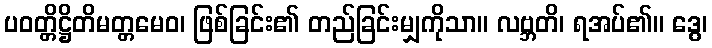
ပဝတ္တိဋ္ဌိတိမတ္တမေဝ၊ ဖြစ်ခြင်း၏ တည်ခြင်းမျှကိုသာ။ လဗ္ဘတိ၊ ရအပ်၏။ ဒွေ၊